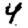
Digit: 4